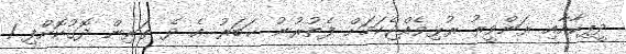
ދީޕިކާއާއި ރަންވީރު ރުޅިވެއްޖެކަމަށް ފެތުރުނު ޚަބަރު އެ ދެ ތަރިން ދޮގުކޮށްފި 1